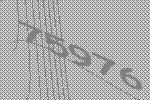
75976